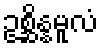
ဥစ္ဆိန္နမူလံ